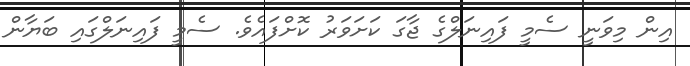
އިން މިވަނީ ސެމީ ފައިނަލްގެ ޖާގަ ކަށަވަރު ކޮށްފައެވެ. ސެމީ ފައިނަލްގައި ބަޔާން